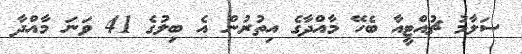
ސަލާމު ޗުއްޓީއާ ބެހޭ މާއްދާގެ އިތުރުން އެ ބިލުގެ 41 ވަނަ މާއްދާ